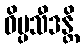
ဝိပ္ပသီဒန္တိ